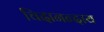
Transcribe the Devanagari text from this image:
चिदानन्दाय